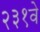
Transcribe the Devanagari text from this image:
२३१वे